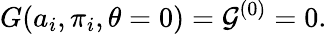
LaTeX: G(a_{i},\pi_{i},\theta=0)={\cal G}^{(0)}=0.